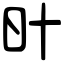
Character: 旪